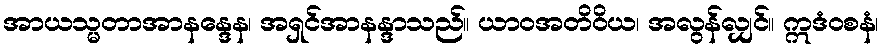
အာယသ္မတာအာနန္ဒေန၊ အရှင်အာနန္ဒာသည်။ ယာဝအတိဝိယ၊ အလွန်လျှင်။ ဣဒံဝစနံ၊